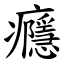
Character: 癮